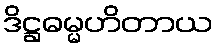
ဒိဋ္ဌဓမ္မဟိတာယ